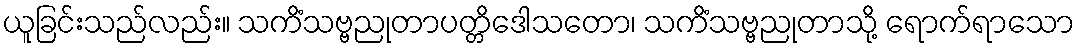
ယူခြင်းသည်လည်း။ သကိံသဗ္ဗညုတာပတ္တိဒေါသတော၊ သကိံသဗ္ဗညုတာသို့ ရောက်ရာသော